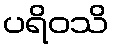
ပရိဝသိ